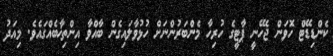
ކެންޑިޑޭޓް ހޮވަން ޖެހޭނީ ޕާޓީގެ ހުރިހާ މެންބަރުންނަށް ހުޅުވާލައިގެން ބާއްވާ އިންތިޚާބެއްގައެވެ. މިއަދު